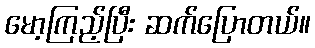
မော့ကြည့်ပြီး ဆက်ပြောတယ်။